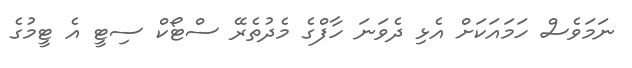
ނަމަވެސް ހަމައަކަށް އެޅި ދެވަނަ ހާފްގެ މެދުތެރޭ ސްޓޯކް ސިޓީ އެ ޓީމުގެ